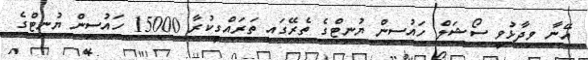
އޭނާ ވިދާޅުވީ ސޯޝަލް ހައުސިން ޔުނިޓްގެ ތެރޭގައި ތަރައްގީކުރާ 15000 ހައުސިން ޔުނިޓްގެ